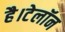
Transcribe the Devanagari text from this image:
है।टेलॉन